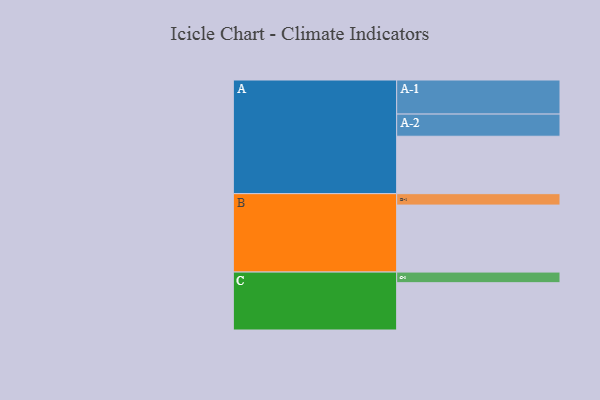
{"axis": {"x": "Segment", "y": "Value"}, "legend": ["", "A", "B", "C"], "data": [{"x": "A", "y": 443, "type": ""}, {"x": "B", "y": 517, "type": ""}, {"x": "C", "y": 365, "type": ""}, {"x": "A-1", "y": 263, "type": "A"}, {"x": "A-2", "y": 171, "type": "A"}, {"x": "B-1", "y": 88, "type": "B"}, {"x": "C-1", "y": 82, "type": "C"}]}